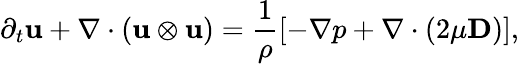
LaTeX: \partial_{t}\mathbf{u}+\nabla\cdot(\mathbf{u}\otimes\mathbf{u})=\frac{1}{\rho}[-\nabla p+\nabla\cdot(2\mu\mathbf{D})],